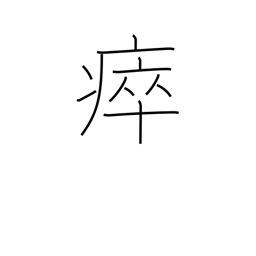
Meaning: take sick